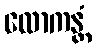
လောကန္တံ